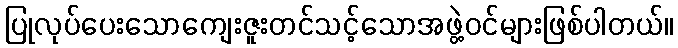
ပြုလုပ်ပေးသောကျေးဇူးတင်သင့်သောအဖွဲ့ဝင်များဖြစ်ပါတယ်။